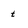
Character: t